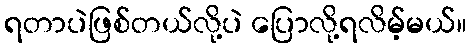
ရတာပဲဖြစ်တယ်လို့ပဲ ပြောလို့ရလိမ့်မယ်။